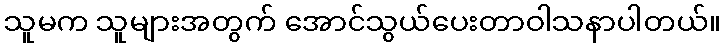
သူမက သူများအတွက် အောင်သွယ်ပေးတာဝါသနာပါတယ်။